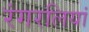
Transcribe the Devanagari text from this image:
रंगरलियां